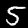
Label: 5